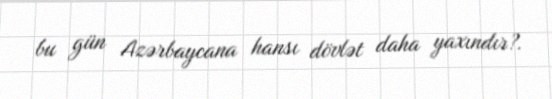
bu gün Azərbaycana hansı dövlət daha yaxındır?.